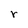
Character: r